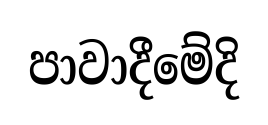
පාවාදීමේදි